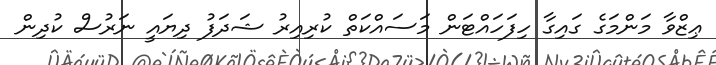
ޢިޒްވާ މަންމަގެ ގައިގާ ހިފަހައްޓަން މަސައްކަތް ކުރިއިރު ޝަދަފު ދިޔައީ ނަރުސް ކުދިން